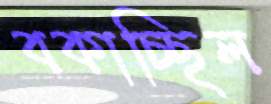
বকাচ্ছিল